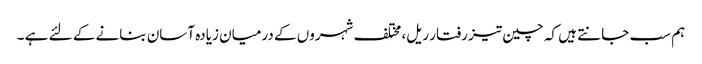
ہم سب جانتے ہیں کہ چین تیز رفتار ریل، مختلف شہروں کے درمیان زیادہ آسان بنانے کے لئے ہے ۔